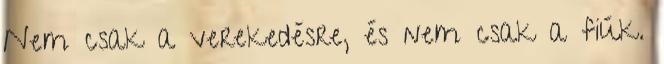
Nem csak a verekedésre, és nem csak a fiúk.